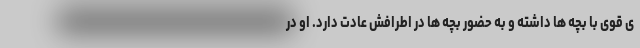
ی قوی با بچه ها داشته و به حضور بچه ها در اطرافش عادت دارد. او در